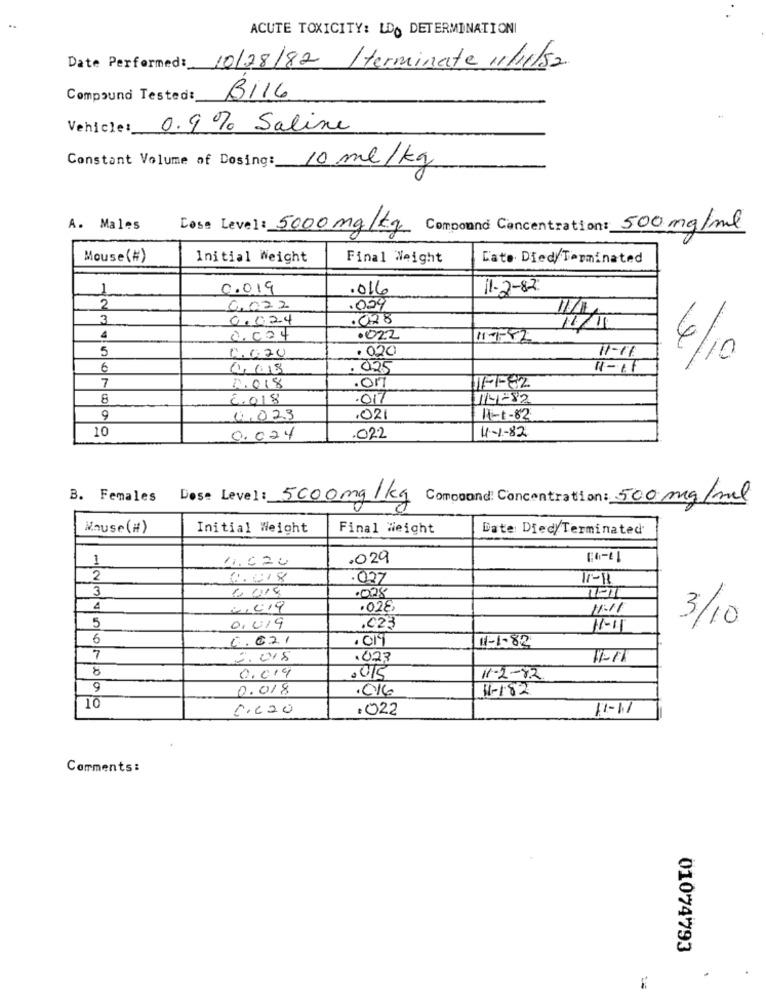
ACUTE TOXICITY: LDO DETERMINATIONI
Date Performed: 10/28/82 / terminate 11/11/52
Compound Tested: B116
Vehicles
0.9% Saline
Constant Volume of Dosing: 10 ml /kg
A. Males
Case Level : 5000 mg/kg Compound Concentration: 500 mg/ml
Mouse(#)
Initial Weight
Final Weight
L'ato Died/Terminated
0.019
.016
11-2-82
059
2
0.022
3
0.024
.028
11/4
11/11
4
0.024
.022
11-1-42
5
0.0.20
. 020
11-16
4/10
6
1.1.18
. 025
11-11
7
1.018
.OM
11-1-82
8
6.018
.017
11-4-82
9
1.023
,021
11-1-82
10
11-1-82
0.024
.022
B. Females Dese Level: 5000 mg /kg Compound: Concentration: 500 mg/ml
Mouse(#)
Initial Weight
Final Weight
Date Died/Terminated
1
4.020
.029
2
.027
11-18
3
6 018
.028
191
4
2.019
.028
11:11
3/10
5
0,019
.023
11-11
6
0.621
.019
11-1-82
7
2. 018
.023
8
0.019
11-2-82
9
0.018
.016
1-182
10
6.220
.022
11-1
Comments:
01074793